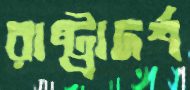
রাষ্ট্রাদর্শ